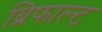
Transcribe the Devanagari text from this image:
ब्रिफाल्ट